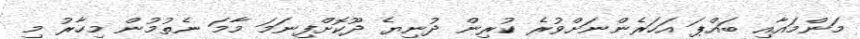
މަންމައާއި ބައްޕަ އަހަރެންނަށްވުރެ ކުރިން ދުނިޔެ ދޫކޮށްފިނަމަ މާމަ ނެތުމުން މިހާރު މި